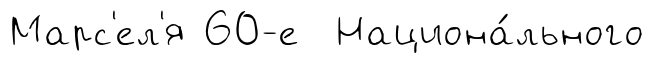
Марс'ел'я 60-е Национа́льного